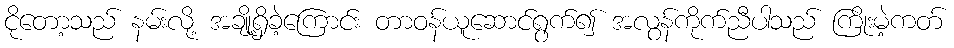
ငိုတော့သည် နမ်းလို့ အချို့ရှိခဲ့ကြောင်း တာဝန်ယူဆောင်ရွက်၍ အလွန်ကိုက်ညီပါသည် ကြိုးမဲ့ကတ်